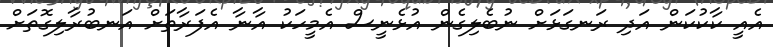
އެއީ ކާކުކަން އަދި ރަނގަޅަށް ނުބެލިގެން އުޅެނީސް އެމީހަކު އާނާ އެފަރާތަށް އަނބުރާލިގޮތަށް